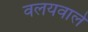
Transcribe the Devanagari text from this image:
वलयवाले